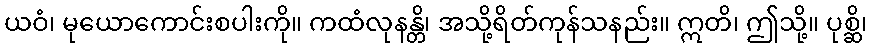
ယဝံ၊ မုယောကောင်းစပါးကို။ ကထံလုနန္တိ၊ အသို့ရိတ်ကုန်သနည်း။ ဣတိ၊ ဤသို့။ ပုစ္ဆိ၊